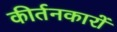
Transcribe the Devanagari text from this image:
कीर्तनकारों